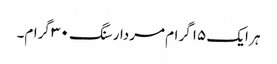
ہر ایک ۱۵ گرام مردار سنگ ۳۰ گرام۔